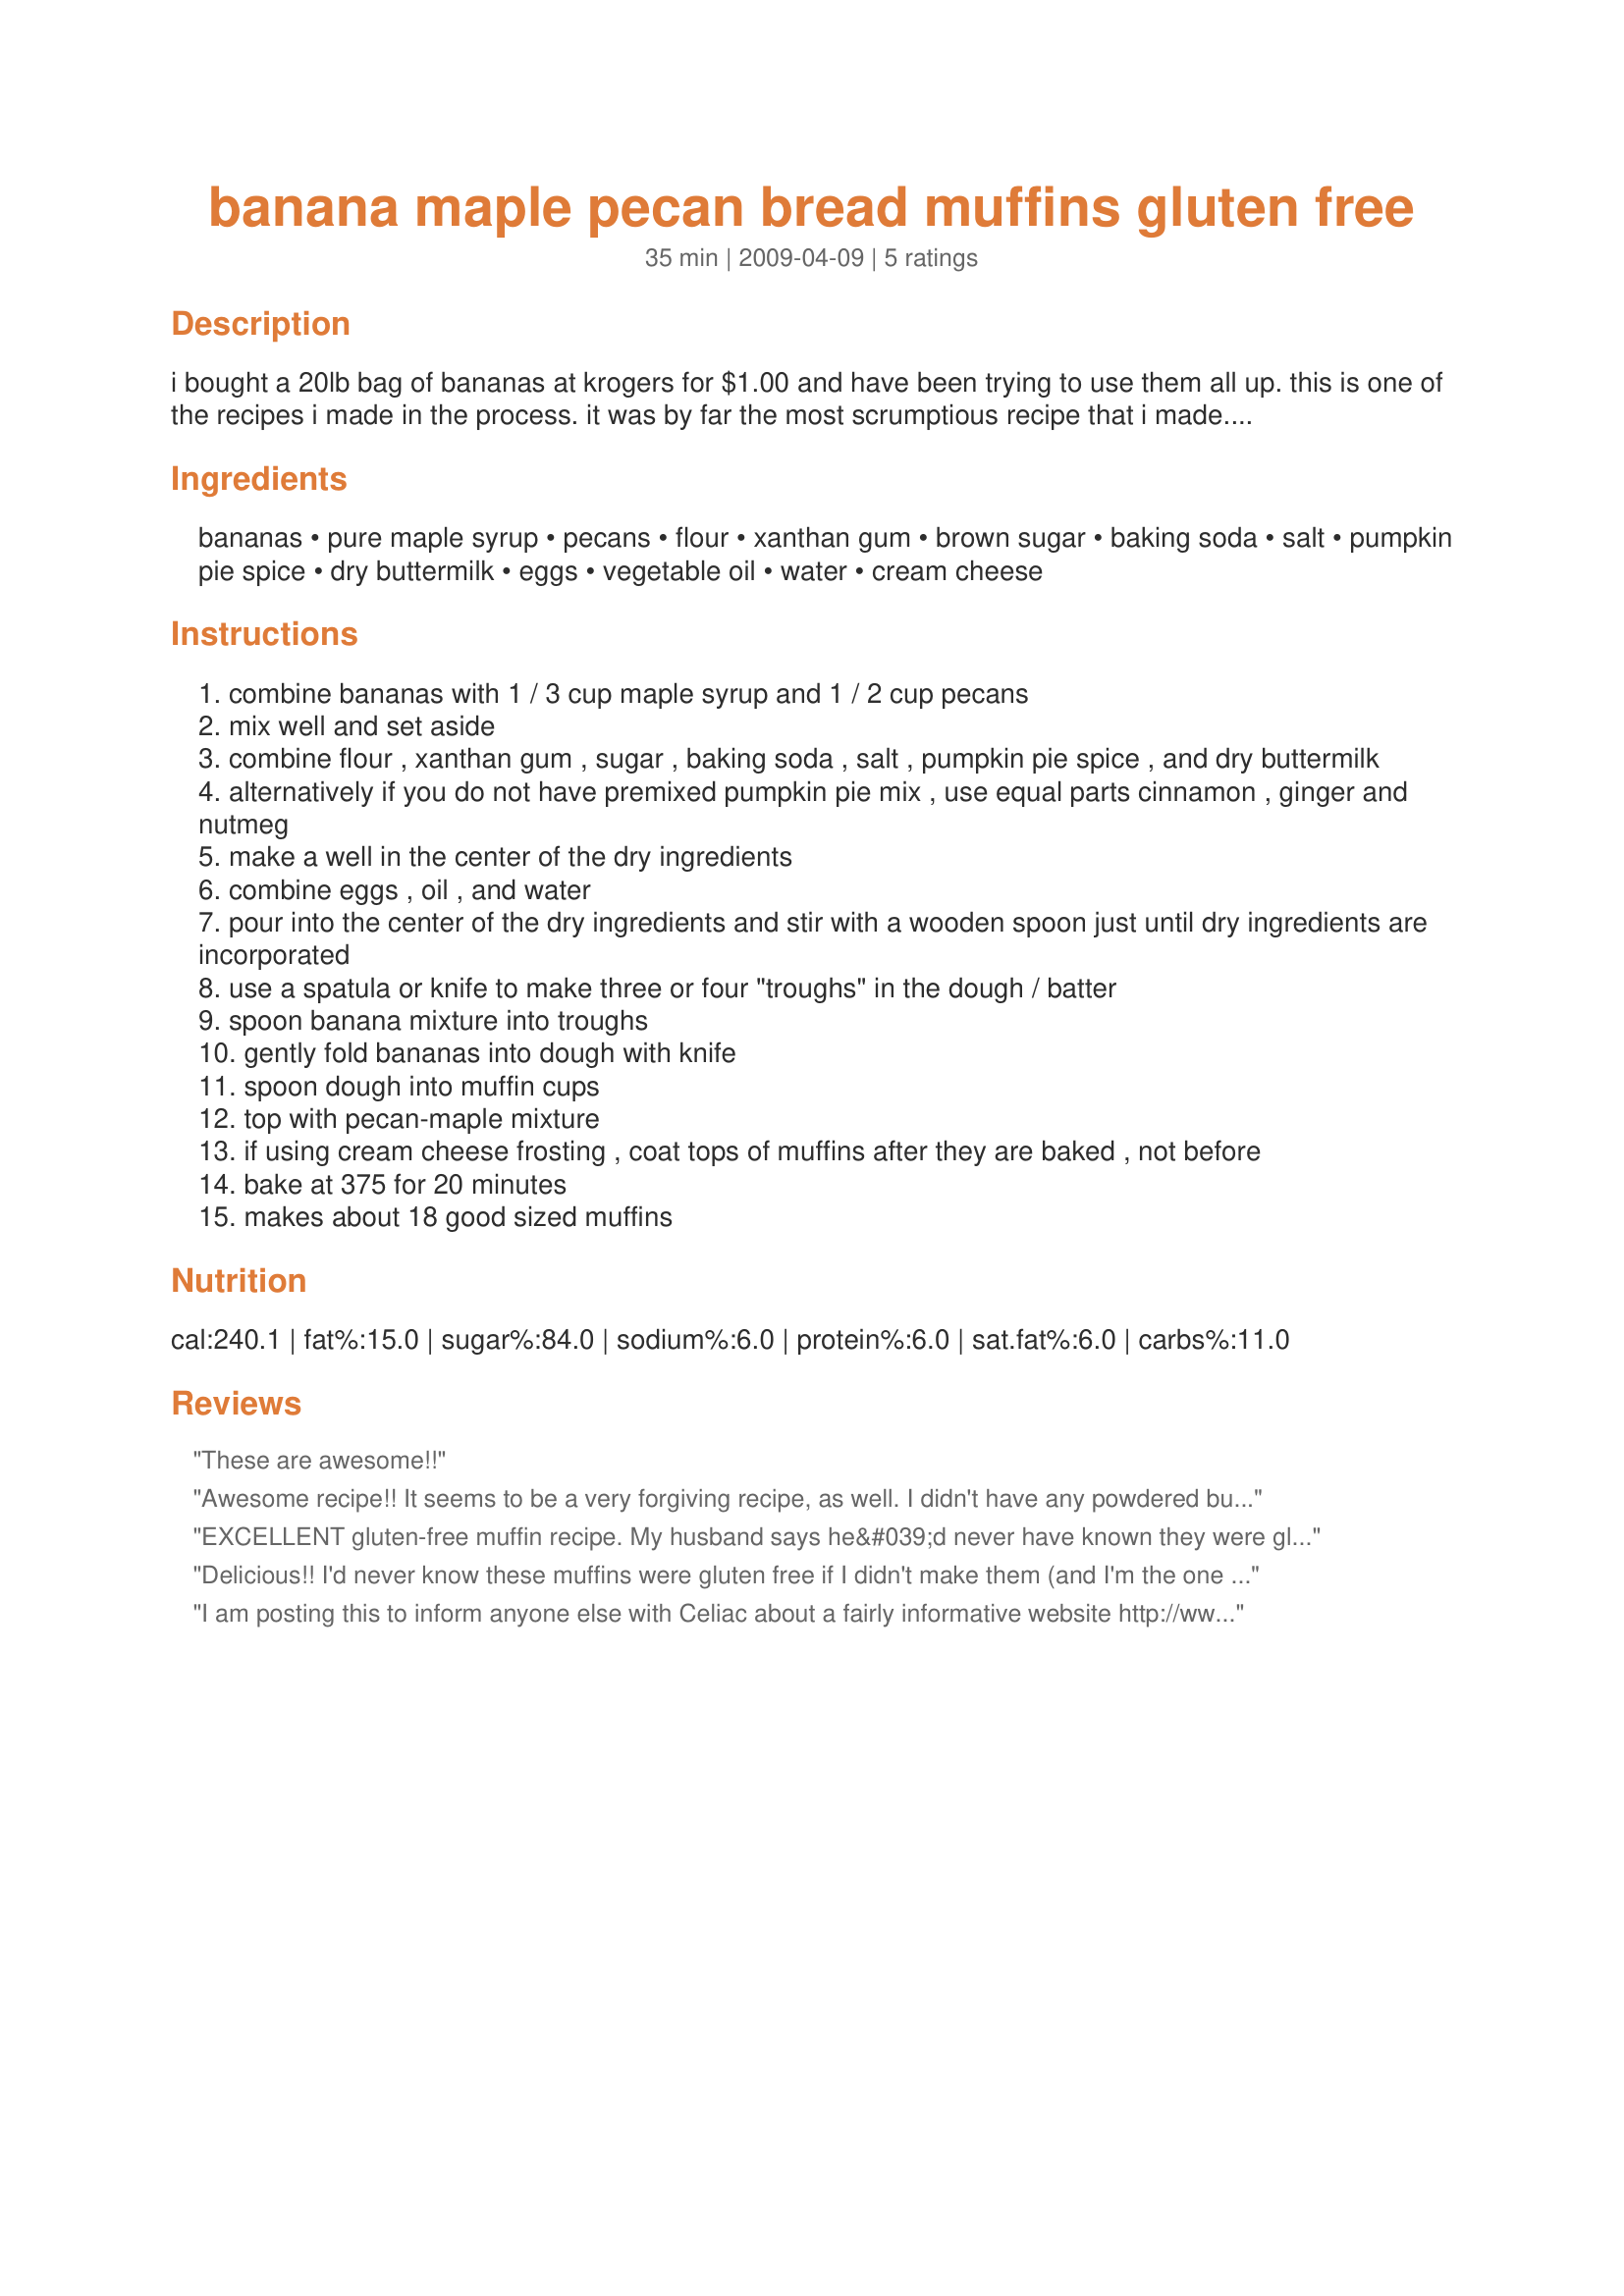
banana maple pecan bread muffins gluten free
Preparation time: 35 minutes

i bought a 20lb bag of bananas at krogers for $1.00 and have been trying to use them all up. this is one of the recipes i made in the process. it was by far the most scrumptious recipe that i made. it could also be made into a bread, but i made muffins. this is definitely my new default banana bread recipe! imade a double batch and ended up with 39 muffins. i made half with the called for maple syrup/pecan topping and half with a cream cheese topping. to make the cream cheese topping, i whipped 6oz cream cheese with 1/4 cup brown sugar and 1/4 cup maple syrup. these were absolutely heavenly fresh out of the oven. *for the gluten free flour, i used bette hagman's mix: 2 parts garfava bean flour, 1 part sorghum flour, 3 parts cornstarch, and 3 parts tapioca flour.

Ingredients:
bananas, pure maple syrup, pecans, flour, xanthan gum, brown sugar, baking soda, salt, pumpkin pie spice, dry buttermilk, eggs, vegetable oil, water, cream cheese

Steps:
combine bananas with 1 / 3 cup maple syrup and 1 / 2 cup pecans
mix well and set aside
combine flour , xanthan gum , sugar , baking soda , salt , pumpkin pie spice , and dry buttermilk
alternatively if you do not have premixed pumpkin pie mix , use equal parts cinnamon , ginger and nutmeg
make a well in the center of the dry ingredients
combine eggs , oil , and water
pour into the center of the dry ingredients and stir with a wooden spoon just until dry ingredients are incorporated
use a spatula or knife to make three or four "troughs" in the dough / batter
spoon banana mixture into troughs
gently fold bananas into dough with knife
spoon dough into muffin cups
top with pecan-maple mixture
if using cream cheese frosting , coat tops of muffins after they are baked , not before
bake at 375 for 20 minutes
makes about 18 good sized muffins

Reviews:
These are awesome!!
Awesome recipe!! It seems to be a very forgiving recipe, as well. I didn't have any powdered buttermilk or canola oil so I used olive oil instead and the muffins turned out great. I used vegan cream cheese for the frosting and it tasted sooo good. I ended up with 24 cupcakes so I gave some to a co-worker whose son is GF and she tried one which turned into two. I'll be making these again:) Thanks for sharing, Andrew!!
EXCELLENT gluten-free muffin recipe. My husband says he&#039;d never have known they were gluten-free if I hadn&#039;t told him. I&#039;ve made it as written and it&#039;s a 5-star recipe. I&#039;ve also changed a bit and this is how we now make them. I use coconut sugar instead of brown sugar in equal exchange. Coconut sugar has a glycemic index of only 35! We also use coconut oil instead of another oil. We&#039;ve used butter but since we get so much butter in other items, I decided to start using coconut oil and it&#039;s YUMMY. Coconut oil is very antibacterial, anti-fungal and anti-microbial. We eat a lot of raw fruits and veggies and so all of that ANIT-EVERYTHING is a good, healthy addition to our diet. If I don&#039;t have any of our homemade flour mix, I typically use the GF mix you can find at Costco. These muffins are AWESOME! Thank you SO MUCH for this delicious treat. Oh yeah, and they freeze well. We make triple or quadruple batches and bring some to our cabin so they&#039;re in the freezer, ready to thaw when we get there. Mmm...
Delicious!! I'd never know these muffins were gluten free if I didn't make them (and I'm the one in the house that DOES eat gluten). I used a flour mix that includes 3 parts cornstarch, 3 parts brown rice flour, 2 parts soy flour and 1 part masa harina. I only made the pecan/maple syrup topping, and it was incredible! Thanks! This one's definitely a keeper!
I am posting this to inform anyone else with Celiac about a fairly informative website http://www.toadhaven.com This site is a homeschooling family in VA and there are people in the family with gluten intolerance. There are lots of links to other sites about recipes/gluten free restaurant options and lots of other fun and educational sites for young people. I look forward to trying this yummy sounding recipe and will be back to add to this review.
